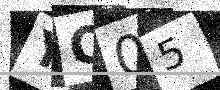
Text: YO05